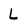
Character: L